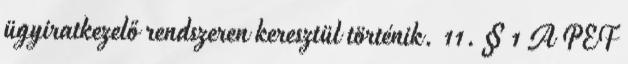
ügyiratkezelő rendszeren keresztül történik. 11. § 1 A PEF